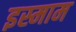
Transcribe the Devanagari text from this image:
इस्माम